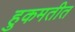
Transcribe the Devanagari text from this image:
हुकमतीत